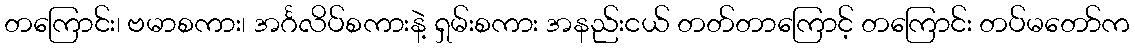
တကြောင်း၊ ဗမာစကား၊ အင်္ဂလိပ်စကားနဲ့ ရှမ်းစကား အနည်းငယ် တတ်တာကြောင့် တကြောင်း တပ်မတော်က